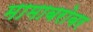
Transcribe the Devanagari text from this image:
मामाबरोबर